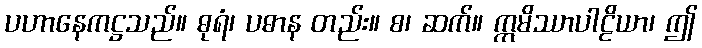
ပဟာနေကဋ္ဌသည်။ ဓုရံ၊ ပဓာန တည်း။ စ၊ ဆက်။ ဣမိဿာပါဠိယာ၊ ဤ